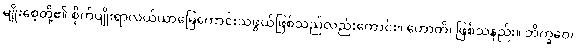
မျိုးစေ့တို့၏ စိုက်ပျိုးရာလယ်ယာမြေကောင်းသဖွယ်ဖြစ်သည်လည်းကောင်း။ ဟောတိ၊ ဖြစ်သနည်း။ ဘိက္ခဝေ၊